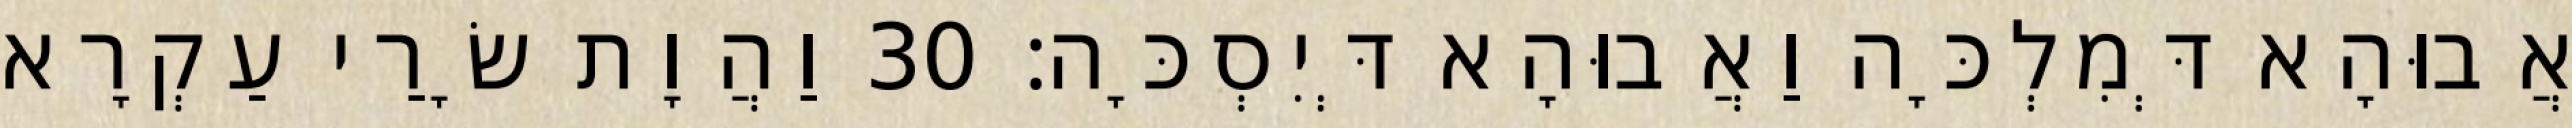
אֲבוּהָא דְּמִלְכָּה וַאֲבוּהָא דְּיִסְכָּה׃ 30 וַהֲוָת שָׂרַי עַקְרָא